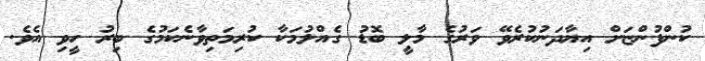
ކުންފުންޏަށް އިޔާދަނުކުރެވޭ ވަރުގެ މާލީ ބޮޑު ގެއްލުމަކާ ކުރިމަތިވާނެކަމުގެ ބިރު ހީވި އެވެ.